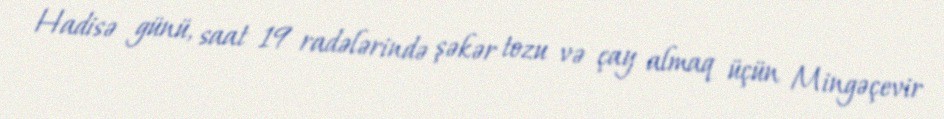
Hadisə günü, saat 19 radələrində şəkər tozu və çay almaq üçün Mingəçevir